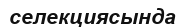
селекциясында